Source: Handwritten
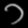
Digit: ၁ (1)